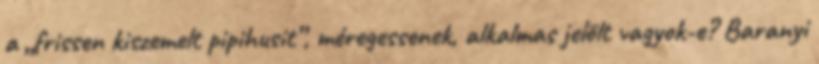
a „frissen kiszemelt pipihusit”, mé­re­­ges­senek, alkalmas jelölt vagyok-e? Baranyi